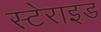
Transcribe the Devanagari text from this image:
स्टेराइड